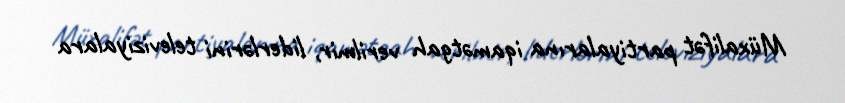
Müxalifət partiyalarına iqamətgah verilmir, liderlərini televiziyalara